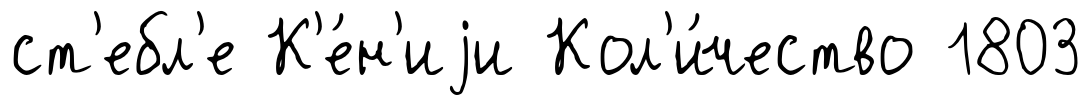
ст'ебл'е К'е́н'иjи Кол'и́чество 1803